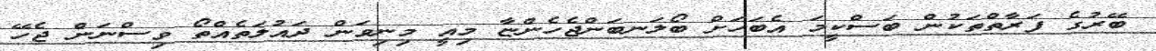
ބޭރުގެ ފަރާތްތަކުން ބަސްކީމަ އެބަހަށް ބޯލަނބަންޖެހެންޏާ މިއީ މިނިވަން ދައުލަތެއްތޯ ވިސްނަން ޖެހޭ